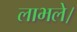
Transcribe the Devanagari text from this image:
लाभले।